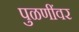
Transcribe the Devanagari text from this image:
पुळणींवर